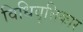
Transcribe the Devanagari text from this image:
विधिवृत्तिकार